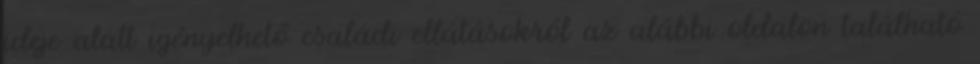
ideje alatt igényelhető családi ellátásokról az alábbi oldalon található